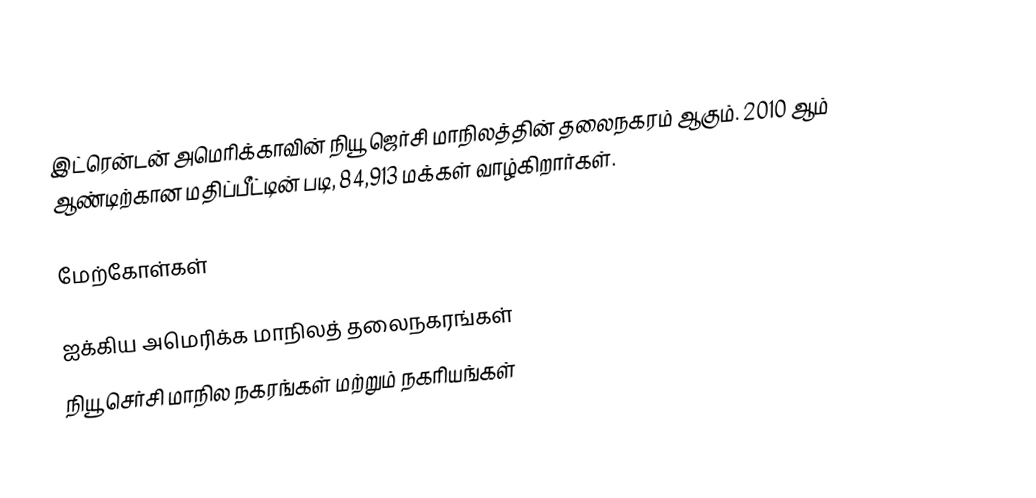
இட்ரென்டன் அமெரிக்காவின் நியூ ஜெர்சி மாநிலத்தின் தலைநகரம் ஆகும். 2010 ஆம் ஆண்டிற்கான மதிப்பீட்டின் படி, 84,913 மக்கள் வாழ்கிறார்கள்.

மேற்கோள்கள்

ஐக்கிய அமெரிக்க மாநிலத் தலைநகரங்கள்
நியூ செர்சி மாநில நகரங்கள் மற்றும் நகரியங்கள்